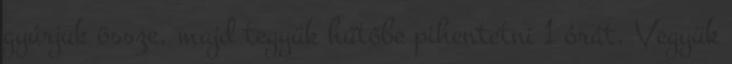
gyúrjuk össze, majd tegyük hűtőbe pihentetni 1 órát. Vegyük